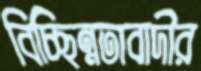
বিচ্ছিন্নতাবাদীর